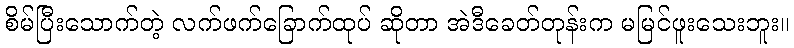
စိမ်ပြီးသောက်တဲ့ လက်ဖက်ခြောက်ထုပ် ဆိုတာ အဲဒီခေတ်တုန်းက မမြင်ဖူးသေးဘူး။